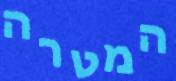
המטרה